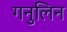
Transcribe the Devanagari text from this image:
गनुलिन